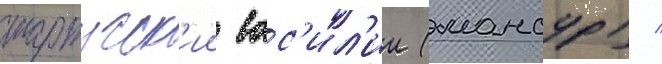
тартусск'ии вас'ил'ии (мансур) /